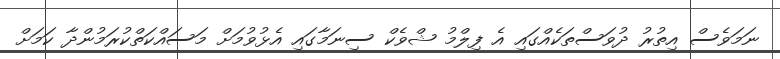
ނަމަވެސް އިތުރު ދުވަސްތަކެއްގައި އެ ފިލްމު ޝްވެކް ސިނަމާގައި އެޅުވުމަށް މަސައްކަތްކުރަމުންދާ ކަމަށް